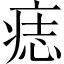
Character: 痣